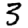
Digit: 3